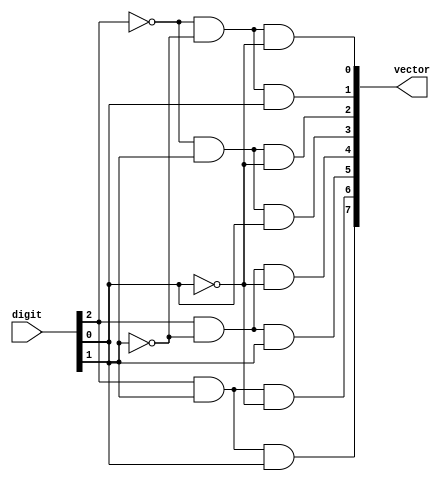
module decoder(
	input  wire [2:0] digit,
	output wire [7:0] vector
);

assign vector [0] = ~digit[2] & ~digit[1] & ~digit[0];
assign vector [1] = ~digit[2] & ~digit[1] &  digit[0];
assign vector [2] = ~digit[2] &  digit[1] & ~digit[0];
assign vector [3] = ~digit[2] &  digit[1] &  digit[0];
assign vector [4] =  digit[2] & ~digit[1] & ~digit[0];
assign vector [5] =  digit[2] & ~digit[1] &  digit[0];
assign vector [6] =  digit[2] &  digit[1] & ~digit[0];
assign vector [7] =  digit[2] &  digit[1] &  digit[0];


endmodule